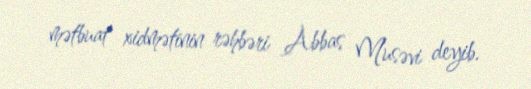
mətbuat xidmətinin rəhbəri Abbas Musəvi deyib.